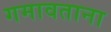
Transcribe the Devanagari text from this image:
गमावताना